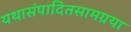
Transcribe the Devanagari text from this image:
यथासंपादितसामग्रया